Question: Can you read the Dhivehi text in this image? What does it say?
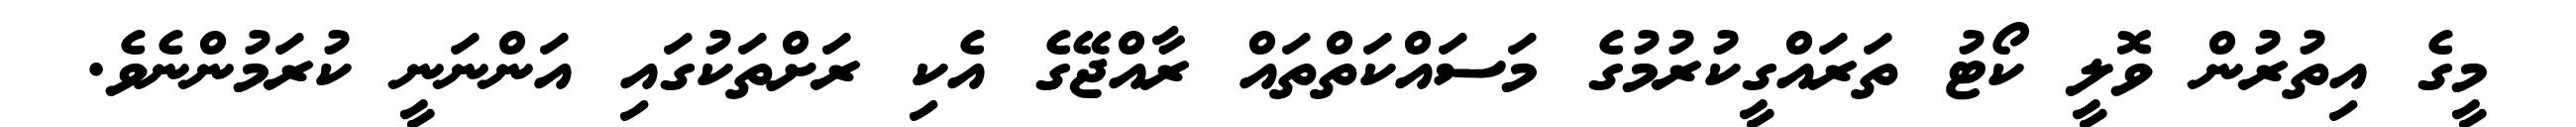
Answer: މީގެ އިތުރުން ވޮލީ ކޯޓު ތަރައްގީކުރުމުގެ މަސައްކަތްތައް ރާއްޖޭގެ އެކި ރަށްތަކުގައި އަންނަނީ ކުރަމުންނެވެ.